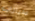
سيارات